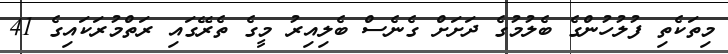
މިތަކެތި ފުލުހުންގެ ބެލުމުގެ ދަށަށް ގެނެސް ބެލިއިރު މީގެ ތެރޭގައި ރަތްމުރަކައިގެ 41